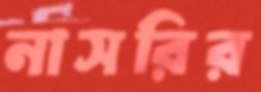
নাসরির